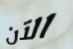
الآن